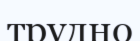
трудно